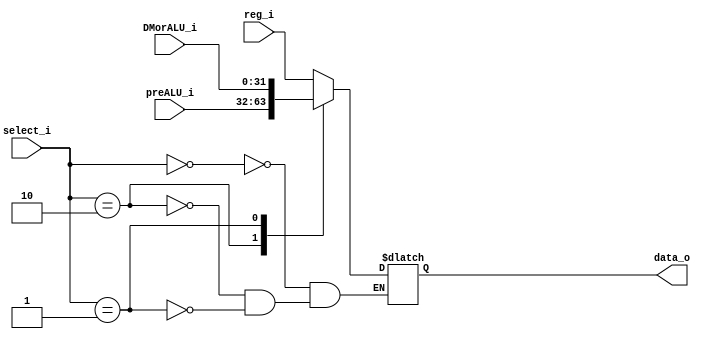
module MUX32_3in(
  reg_i,
  preALU_i,
  DMorALU_i,
  select_i,
  data_o
);

input   [31:0]  reg_i,preALU_i,DMorALU_i;
input   [1:0]   select_i;
output  reg [31:0]  data_o;

//assign data_o = (select_i==1'b0)?data1_i:data2_i;
always@(*) begin
  case(select_i)
    2'b00 : data_o = reg_i; 
    2'b10 : data_o = preALU_i; 
    2'b01 : data_o = DMorALU_i; 
  endcase
end
endmodule


// input = 00 -> 1
// input = 01 -> 2
// input = 10 -> 3